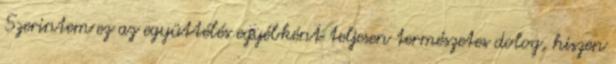
Szerintem ez az együttélés egyébként teljesen természetes dolog, hiszen